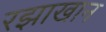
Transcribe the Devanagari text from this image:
रझाखान